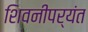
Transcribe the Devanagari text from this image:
शिवनीपर्यंत